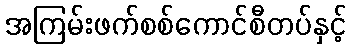
အကြမ်းဖက်စစ်ကောင်စီတပ်နှင့်